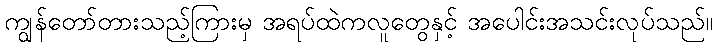
ကျွန်တော်တားသည့်ကြားမှ အရပ်ထဲကလူတွေနှင့် အပေါင်းအသင်းလုပ်သည်။